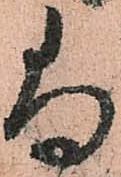
尚